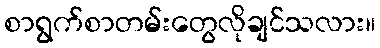
စာရွက်စာတမ်းတွေလိုချင်သလား။